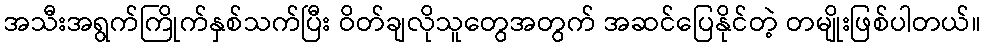
အသီးအရွက်ကြိုက်နှစ်သက်ပြီး ဝိတ်ချလိုသူတွေအတွက် အဆင်ပြေနိုင်တဲ့ တမျိုးဖြစ်ပါတယ်။